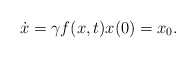
\begin{align*}\dot{x} = \gamma f(x,t)x(0) = x_0.\end{align*}